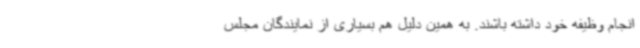
انجام وظیفه خود داشته باشند. به همین دلیل هم بسیاری از نمایندگان مجلس